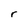
Character: r